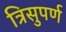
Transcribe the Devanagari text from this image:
त्रिसुपर्ण